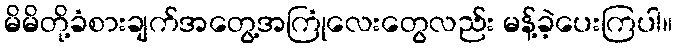
မိမိတို့ခံစားချက်အတွေ့အကြုံလေးတွေလည်း မန့်ခဲ့ပေးကြပါ။